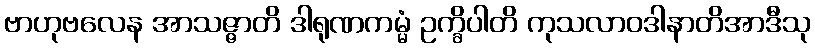
ဗာဟုဗလေန အာသဇ္ဇာတိ ဒါရုဏကမ္မံ ဥက္ခိပါတိ ကုသလာဝဒါနာတိအာဒီသု